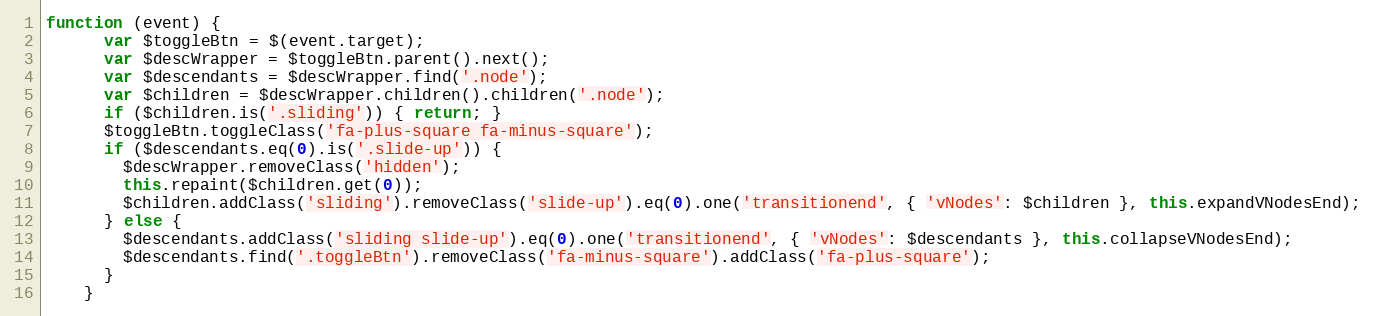
Language: JavaScript
function (event) {
      var $toggleBtn = $(event.target);
      var $descWrapper = $toggleBtn.parent().next();
      var $descendants = $descWrapper.find('.node');
      var $children = $descWrapper.children().children('.node');
      if ($children.is('.sliding')) { return; }
      $toggleBtn.toggleClass('fa-plus-square fa-minus-square');
      if ($descendants.eq(0).is('.slide-up')) {
        $descWrapper.removeClass('hidden');
        this.repaint($children.get(0));
        $children.addClass('sliding').removeClass('slide-up').eq(0).one('transitionend', { 'vNodes': $children }, this.expandVNodesEnd);
      } else {
        $descendants.addClass('sliding slide-up').eq(0).one('transitionend', { 'vNodes': $descendants }, this.collapseVNodesEnd);
        $descendants.find('.toggleBtn').removeClass('fa-minus-square').addClass('fa-plus-square');
      }
    }